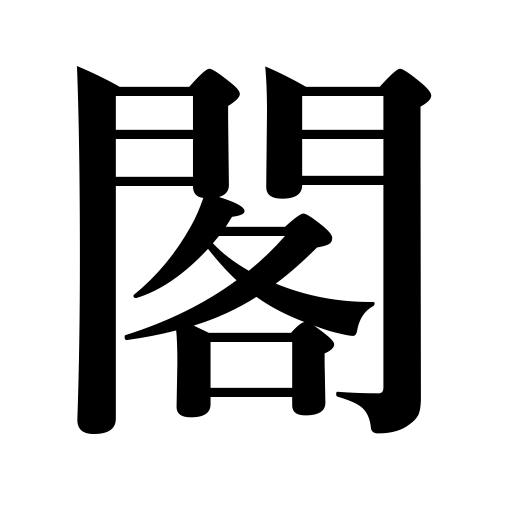
Meanings: tower,cabinet of a government,tall building,palace